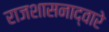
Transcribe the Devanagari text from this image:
राजशासनाद्वारे